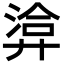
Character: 𢍡